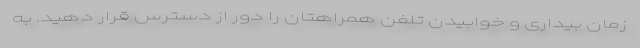
زمان بیداری و خوابیدن تلفن همراهتان را دور از دسترس قرار دهید. به